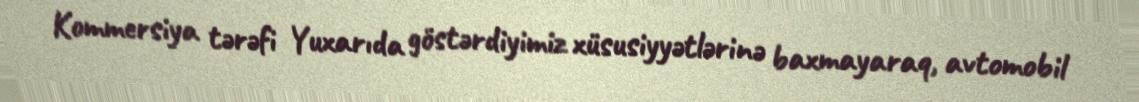
Kommersiya tərəfi Yuxarıda göstərdiyimiz xüsusiyyətlərinə baxmayaraq, avtomobil